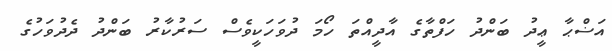
އަޟްޙާ ޢީދު ބަންދު ހަފްތާގެ އާދީއްތަ ހޯމަ ދުވަހަކީވެސް ސަރުކާރު ބަންދު ދެދުވަހުގެ